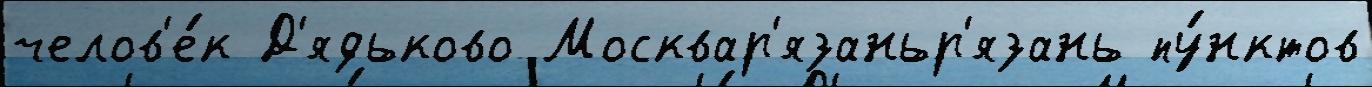
челов'е́к Д'ядьково Москвар'язаньр'язань пу́нктов